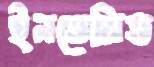
ইনভেসিভ